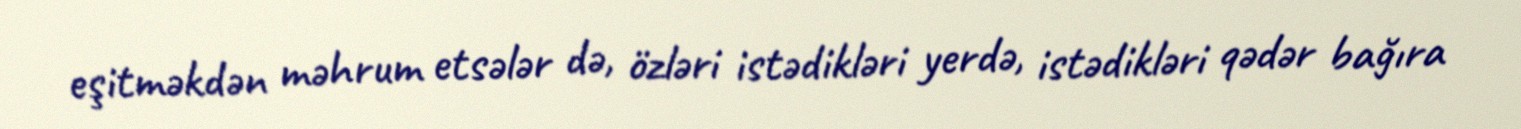
eşitməkdən məhrum etsələr də, özləri istədikləri yerdə, istədikləri qədər bağıra